Report of an investigation of the epidemic of malarial fever in Assam, or, kala-azar
Disease focus: Malaria
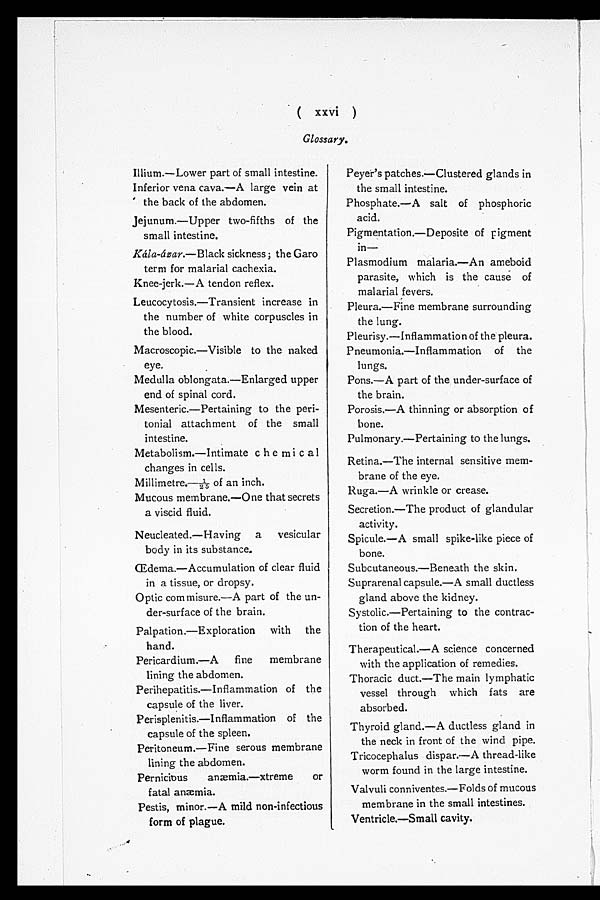
( xxvi )
Glossary.
Illium.—Lower part of small intestine.
Inferior vena cava.—A large vein at
the back of the abdomen.
Jejunum.—Upper two-fifths of the
small intestine.
Kála-ázar.—Black sickness ; the Garo
term for malarial cachexia.
Knee-jerk.—A tendon reflex.
Leucocytosis.—Transient increase in
the number of white corpuscles in
the blood.
Macroscopic.—Visible to the naked
eye.
Medulla oblongata.—Enlarged upper
end of spinal cord.
Mesenteric.—Pertaining to the peri-
tonial attachment of the small
intestine.
Metabolism.—Intimate chemical
changes in cells.
Millimetre.—1/25 of an inch.
Mucous membrane.—One that secrets
a viscid fluid.
Neucleated.—Having a vesicular
body in its substance.
Œdema.—Accumulation of clear fluid
in a tissue, or dropsy.
Optic cornmisure.—A part of the un-
der-surface of the brain.
Palpation.—Exploration with the
hand.
Pericardium.—A fine membrane
lining the abdomen.
Perihepatitis.—Inflammation of the
capsule of the liver.
Perisplenitis.—Inflammation of the
capsule of the spleen.
Peritoneum.—Fine serous membrane
lining the abdomen.
Pernicious
anæmia.—xtreme
or
fatal anæmia.
Pestis, minor.—A mild non-infectious
form of plague.
Peyer's patches.—Clustered glands in
the small intestine.
Phosphate.—A salt of phosphoric
acid.
Pigmentation.—Deposite of pigment
in—
Plasmodium malaria.—An ameboid
parasite, which is the cause of
malarial fevers.
Pleura.—Fine membrane surrounding
the lung.
Pleurisy.—Inflammation of the pleura.
Pneumonia.—Inflammation of the
lungs.
Pons.—A part of the under-surface of
the brain.
Porosis.—A thinning or absorption of
bone.
Pulmonary.—Pertaining to the lungs.
Retina.—The internal sensitive mem-
brane of the eye.
Ruga.—A wrinkle or crease.
Secretion.—The product of glandular
activity.
Spicule.—A small spike-like piece of
bone.
Subcutaneous.—Beneath the skin.
Suprarenal capsule.—A small ductless
gland above the kidney.
Systolic.—Pertaining to the contrac-
tion of the heart.
Therapeutical.—A science concerne
d with the application of remedies.
Thoracic duct.—The main lymphatic
vessel through which fats are
absorbed.
Thyroid gland.—A ductless gland in
the neck in front of the wind pipe.
Tricocephalus dispar.—A thread-like
worm found in the large intestine.
Valvuli conniventes.—Folds of mucous
membrane in the small intestines.
Ventricle.—Small cavity.